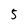
Character: 5